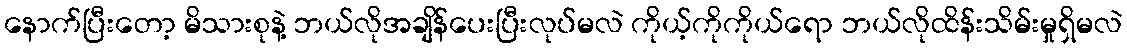
နောက်ပြီးတော့ မိသားစုနဲ့ ဘယ်လိုအချိန်ပေးပြီးလုပ်မလဲ ကိုယ့်ကိုကိုယ်ရော ဘယ်လိုထိန်းသိမ်းမှုရှိမလဲ